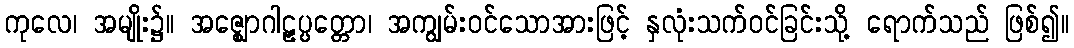
ကုလေ၊ အမျိုး၌။ အဇ္ဈောဂါဠှပ္ပတ္တော၊ အကျွမ်းဝင်သောအားဖြင့် နှလုံးသက်ဝင်ခြင်းသို့ ရောက်သည် ဖြစ်၍။